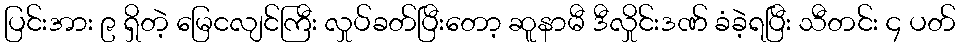
ပြင်းအား ၉ ရှိတဲ့ မြေငလျင်ကြီး လှုပ်ခတ်ပြီးတော့ ဆူနာမီ ဒီလှိုင်းဒဏ် ခံခဲ့ရပြီး သီတင်း ၄ ပတ်